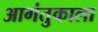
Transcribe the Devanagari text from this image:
आगंतुकाला